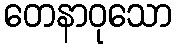
တေနာဝုသော